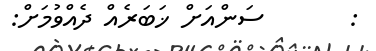
:       ސަންއަށް ޚަބަރެއް ދެއްވުމަށް: